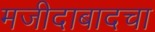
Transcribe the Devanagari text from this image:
मजीदाबादचा